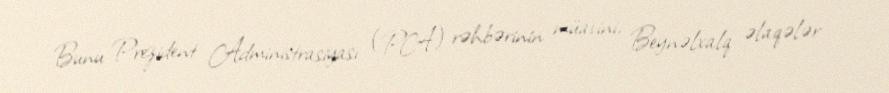
Bunu Prezident Administrasiyası (PA) rəhbərinin müavini, Beynəlxalq əlaqələr